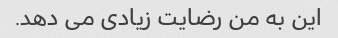
این به من رضایت زیادی می دهد.